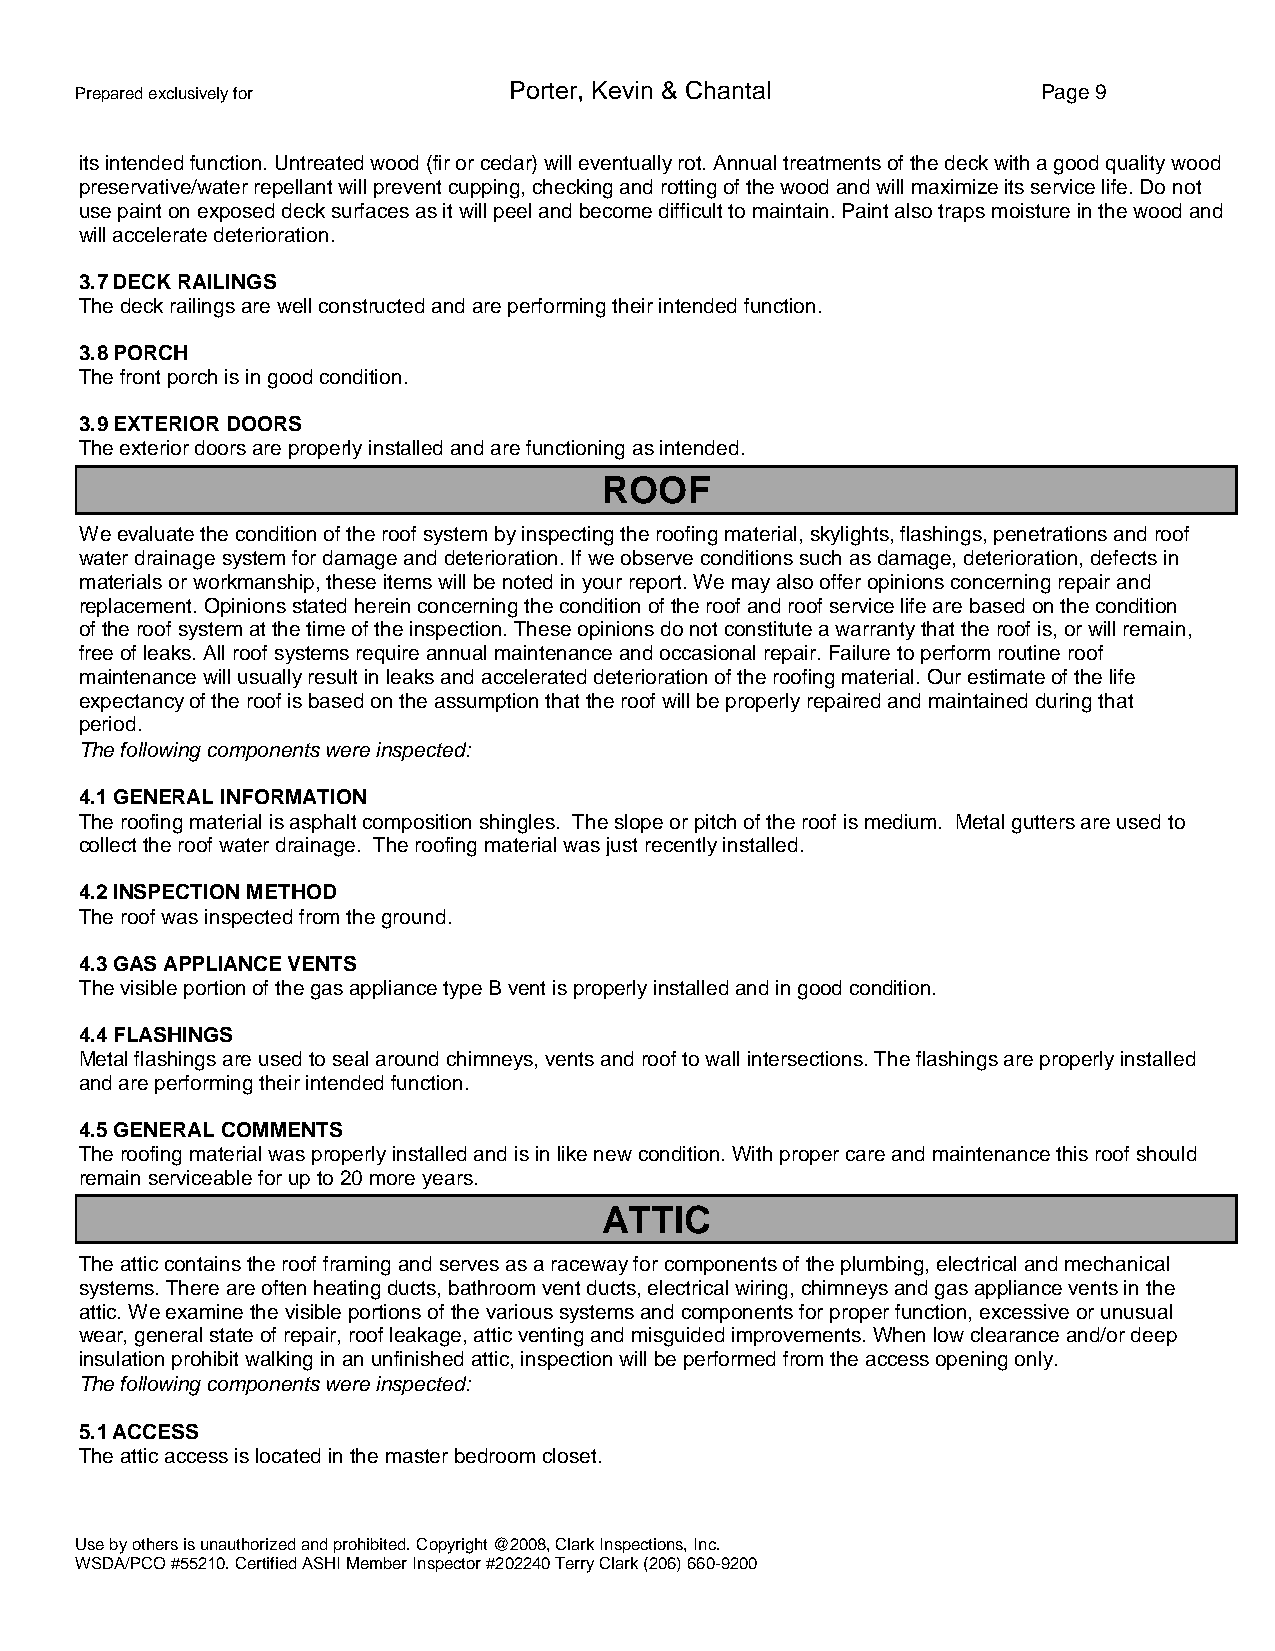
Prepared exclusively for     Porter, Kevin & Chantal            Page 9
 its intended function. Untreated wood (fir or cedar) will eventually rot. Annual treatments of the deck with a good quality wood
 preservative/water repellant will prevent cupping, checking and rotting of the wood and will maximize its service life. Do not
 use paint on exposed deck surfaces as it will peel and become difficult to maintain. Paint also traps moisture in the wood and
 will accelerate deterioration.
 3.7 DECK RAILINGS
 The deck railings are well constructed and are performing their intended function.
 3.8 PORCH
 The front porch is in good condition.
 3.9 EXTERIOR DOORS
 The exterior doors are properly installed and are functioning as intended.
 ROOF
 Weevaluate the condition of the roof system by inspecting the roofing material, skylights, flashings, penetrations and roof
 water drainage system for damage and deterioration. If we observe conditions such as damage, deterioration, defects in
 materials or workmanship, these items will be noted in your report. We may also offer opinions concerning repair and
 replacement. Opinions stated herein concerning the condition of the roof and roof service life are based on the condition
 ofthe roof system at the time of the inspection. These opinions do not constitute a warranty that the roof is, or will remain,
 free of leaks. All roof systems require annual maintenance and occasional repair. Failure to perform routine roof
 maintenance will usually result in leaks and accelerated deterioration of the roofing material. Our estimate of the life
 expectancyof the roof is based on the assumption that the roof will be properly repaired and maintained during that
 period.
 The following components were inspected:
 4.1 GENERAL INFORMATION
 The roofing material is asphalt composition shingles. The slope or pitch of the roof is medium. Metal gutters are used to
 collect the roof water drainage. The roofing material was just recently installed.
 4.2 INSPECTION METHOD
 The roof was inspected from the ground.
 4.3 GAS APPLIANCE VENTS
 The visible portion of the gas appliance type B vent is properly installed and in good condition.
 4.4 FLASHINGS
 Metal flashings are used to seal around chimneys, vents and roof to wall intersections. The flashings are properly installed
 and are performing their intended function.
 4.5 GENERAL COMMENTS
 The roofing material was properly installed and is in like new condition. With proper care and maintenance this roof should
 remain serviceable for up to 20 more years.
 ATTIC
 The attic contains the roof framing and serves as a raceway for components of the plumbing, electrical and mechanical
 systems. There are often heating ducts, bathroom vent ducts, electrical wiring, chimneys and gas appliance vents in the
 attic. We examine the visible portions of the various systems and components for proper function, excessive or unusual
 wear, general state of repair, roof leakage, attic venting and misguided improvements. When low clearance and/or deep
 insulation prohibit walking in an unfinished attic, inspection will be performed from the access opening only.
 The following components were inspected:
 5.1 ACCESS
 The attic access is located in the master bedroom closet.
 Use by others is unauthorized and prohibited. Copyright @2008, Clark Inspections, Inc.
 WSDA/PCO #55210. Certified ASHI Member Inspector #202240 Terry Clark (206) 660-9200